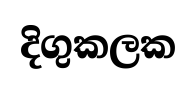
දිගුකලක